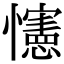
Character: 㦥